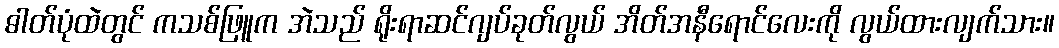
ဓါတ်ပုံထဲတွင် ကသစ်ဖြူက အဲသည် ရိုးရာဆင်ဂျပ်ခုတ်လွယ် အိတ်အနီရောင်လေးကို လွယ်ထားလျက်သား။